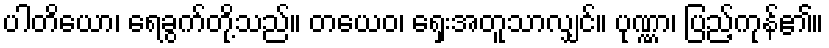
ပါတိယော၊ ရေခွက်တို့သည်။ တယေဝ၊ ရှေးအတူသာလျှင်။ ပုဏ္ဏာ၊ ပြည့်ကုန်၏။